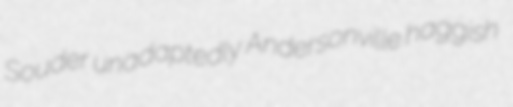
Souder unadaptedly Andersonville haggish